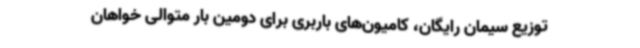
توزیع سیمان رایگان، کامیون‌های باربری برای دومین بار متوالی خواهان